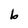
Character: b